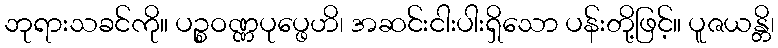
ဘုရားသခင်ကို။ ပဉ္စဝဏ္ဏပုပ္ဖေဟိ၊ အဆင်းငါးပါးရှိသော ပန်းတို့ဖြင့်။ ပူဇယန္တိ၊